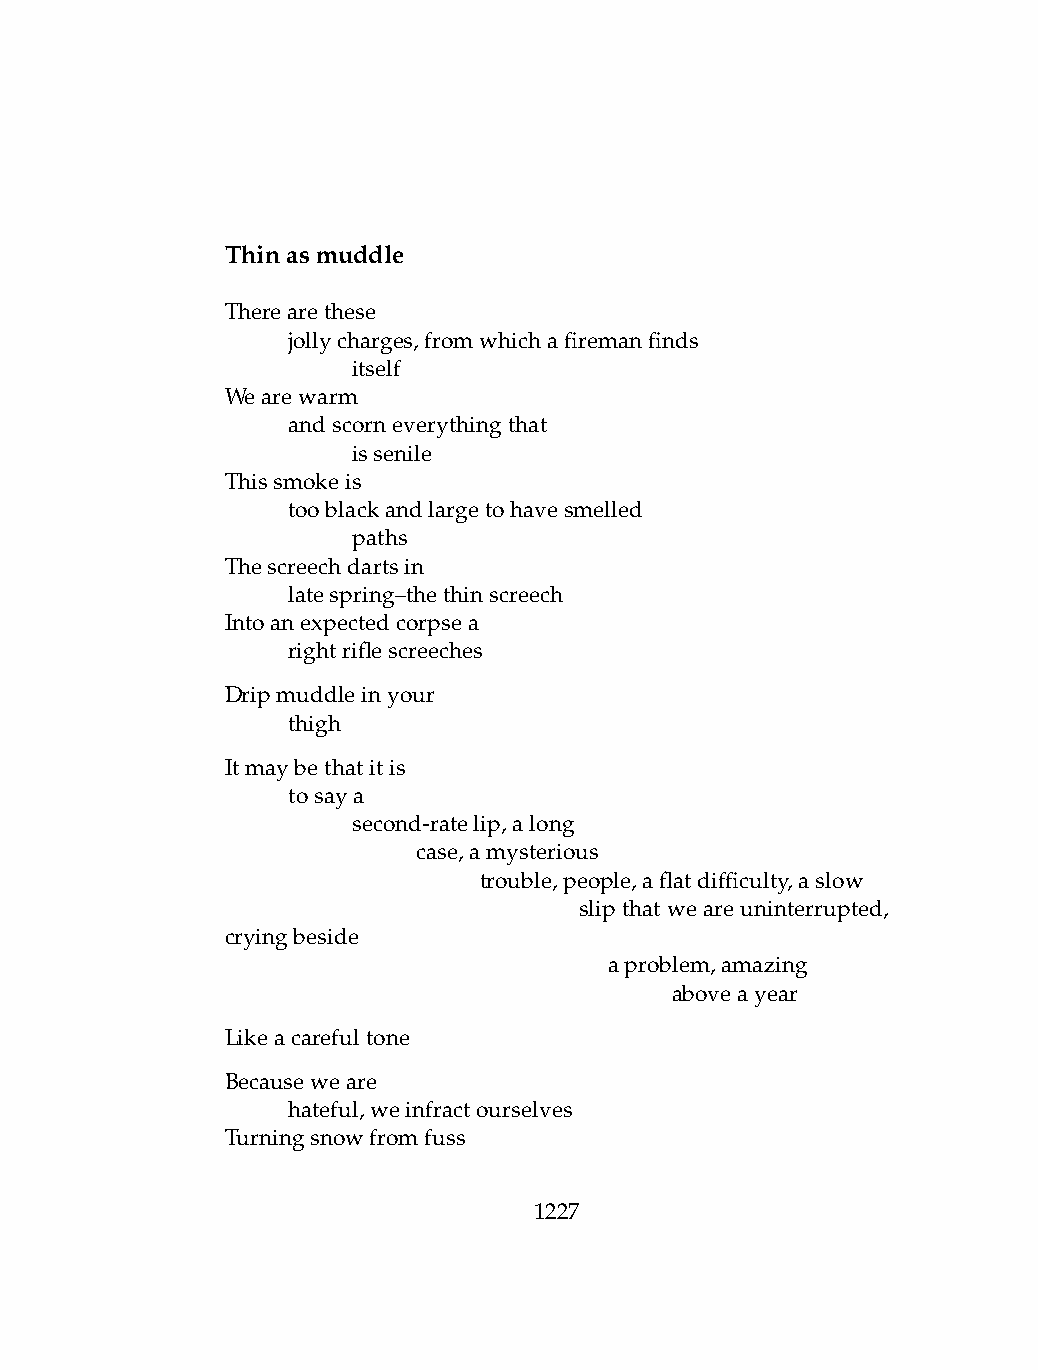
Thinasmuddle
 Therearethese
 .   jollycharges,fromwhichafiremanfinds
 .   .   itself
 Wearewarm
 .   andscorneverythingthat
 .   .   issenile
 Thissmokeis
 .   tooblackandlargetohavesmelled
 .   .   paths
 Thescreechdartsin
 .   latespring–thethinscreech
 Intoanexpectedcorpsea
 .   rightriflescreeches
 Dripmuddleinyour
 .   thigh
 Itmaybethatitis
 .   tosaya
 .   .   second-ratelip,along
 .   .   .    case,amysterious
 .   .   .    .   trouble,people,aflatdifficulty,aslow
 .    .   .    .    .   slip that weare uninterrupted,
 cryingbeside
 .   .   .    .   .   .   aproblem,amazing
 .   .   .    .   .   .   .   aboveayear
 Likeacarefultone
 Becauseweare
 .   hateful,weinfractourselves
 Turningsnowfromfuss
 1227